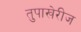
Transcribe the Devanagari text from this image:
तुपाखेरीज